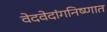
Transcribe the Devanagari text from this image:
वेदवेदांगनिष्णात